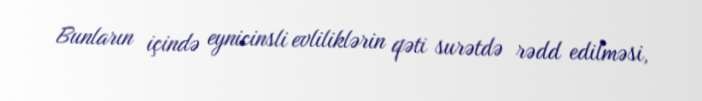
Bunların içində eynicinsli evliliklərin qəti surətdə rədd edilməsi,